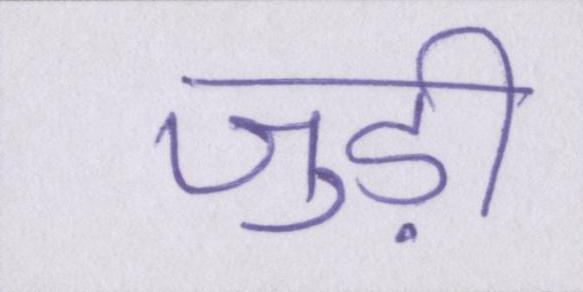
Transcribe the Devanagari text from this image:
जुड़ी